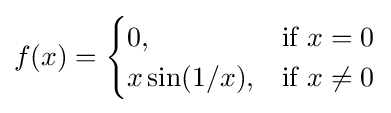
f(x)={\begin{cases}0,&{\mbox{if }}x=0\\x\sin(1/x),&{\mbox{if }}x\neq 0\end{cases}}